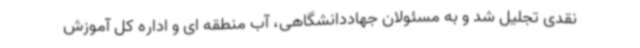
نقدی تجلیل شد و به مسئولان جهاددانشگاهی، آب منطقه ای و اداره کل آموزش